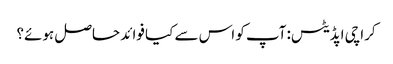
کراچی اپڈیٹس: آپ کو اس سے کیا فوائد حاصل ہوئے؟